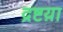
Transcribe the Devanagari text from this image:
द्रष्टय़ा